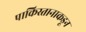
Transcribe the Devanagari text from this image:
पाकिस्तानाकडून